Civil Veterinary Department. Madras. Admin. report 1926-33 - 1926-1933
Year: 1926
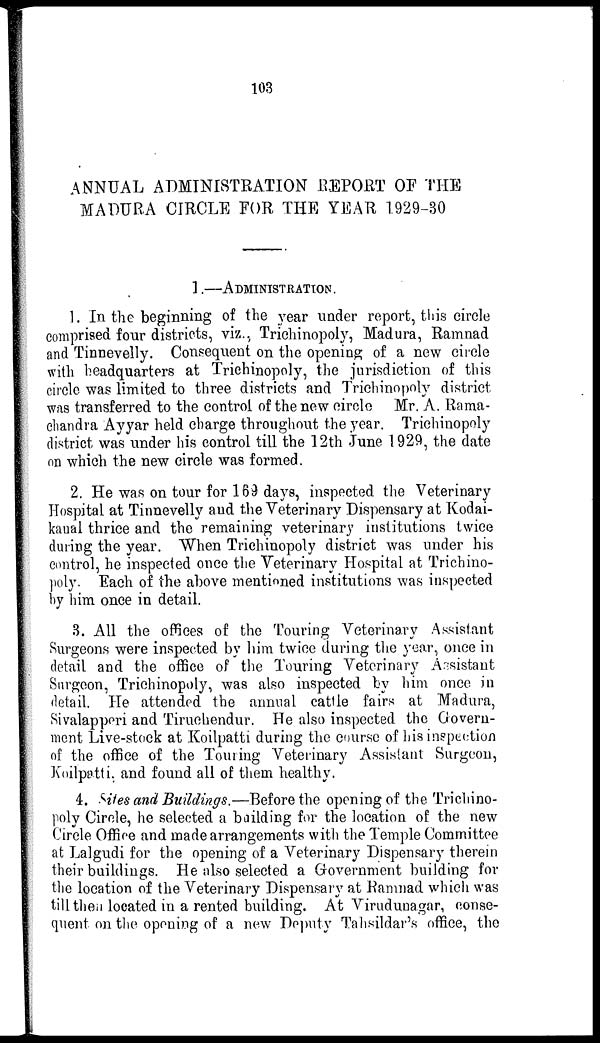
103
ANNUAL ADMINISTRATION REPORT OF THE
MADURA CIRCLE FOR THE YEAR 1929-30
1.—ADMINISTRATION.
1. In the beginning of the year under report, this circle
comprised four districts, viz., Trichinopoly, Madura, Ramnad
and Tinnevelly. Consequent on the opening of a new circle
with headquarters at Trichinopoly, the jurisdiction of this
circle was limited to three districts and Trichinopoly district
was transferred to the control of the new circle Mr. A. Rama-
chandra Ayyar held charge throughout the year. Trichinopoly
district was under his control till the 12th June 1929, the date
on which the new circle was formed.
2. He was on tour for 169 days, inspected the Veterinary
Hospital at Tinnevelly and the Veterinary Dispensary at Kodai-
kanal thrice and the remaining veterinary institutions twice
during the year. When Trichinopoly district was under his
control, he inspected once the Veterinary Hospital at Trichino-
poly. Each of the above mentioned institutions was inspected
by him once in detail.
3. All the offices of the Touring Veterinary Assistant
Surgeons were inspected by him twice during the year, once in
detail and the office of the Touring Veterinary Assistant
Surgeon, Trichinopoly, was also inspected by him once in
detail. He attended the annual cattle fairs at Madura,
Sivalapperi and Tiruchendur. He also inspected the Govern-
ment Live-stock at Koilpatti during the course of his inspection
of the office of the Touring Veterinary Assistant Surgeon,
Koilpatti, and found all of them healthy.
4. Sites and Buildings.—Before the opening of the Trichino-
poly Circle, he selected a building for the location of the new
Circle Office and made arrangements with the Temple Committee
at Lalgudi for the opening of a Veterinary Dispensary therein
their buildings. He also selected a Government building for
the location of the Veterinary Dispensary at Ramnad which was
till then located in a rented building. At Virudunagar, conse-
quent on the opening of a new Deputy Tahsildar's office, the